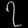
Digit: ၇